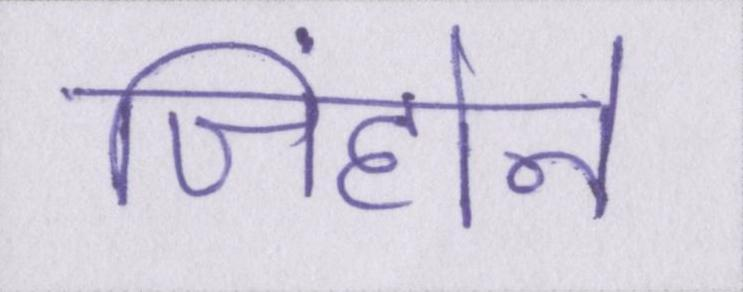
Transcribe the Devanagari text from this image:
जिंहोने